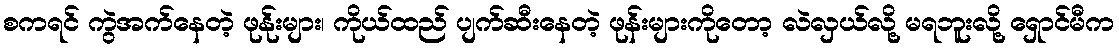
စကရင် ကွဲအက်နေတဲ့ ဖုန်ုးများ၊ ကိုယ်ထည် ပျက်ဆီးနေတဲ့ ဖုန်းများကိုတော့ လဲလှယ်လို့ မရဘူးလို့ ရှောင်မီက